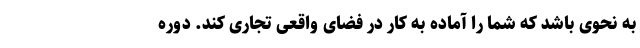
به نحوی باشد که شما را آماده به کار در فضای واقعی تجاری کند. دوره